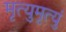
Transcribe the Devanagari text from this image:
मृत्युमृत्युं